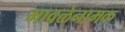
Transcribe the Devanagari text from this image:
मावळेनामक